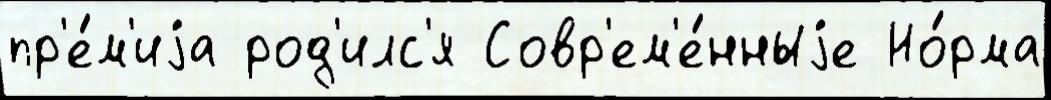
пр'е́м'иjа род'илс'я Совр'ем'е́нныjе Но́рма